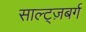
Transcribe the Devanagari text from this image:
साल्ट्ज़बर्ग